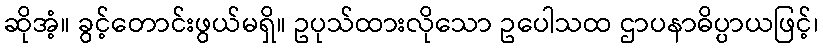
ဆိုအံ့။ ခွင့်တောင်းဖွယ်မရှိ။ ဥပုသ်ထားလိုသော ဥပေါသထ ဌာပနာဓိပ္ပာယဖြင့်၊